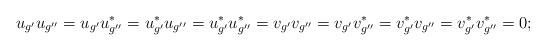
LaTeX: \begin{align*}u_{g'}u_{g''}=u_{g'}u^*_{g''}=u^*_{g'}u_{g''}=u^*_{g'}u^*_{g''}=v_{g'}v_{g''}=v_{g'}v^*_{g''}=v^*_{g'}v_{g''}=v^*_{g'}v^*_{g''}=0;\end{align*}